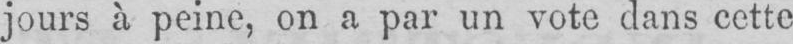
jours à peine, on a par un vote dans cette